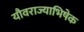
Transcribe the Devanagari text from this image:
यौवराज्याभिषेक